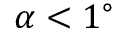
\alpha < 1 ^ { \circ }